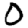
Digit: 0